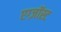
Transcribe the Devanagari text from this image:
एग्ज़ॉस्ट